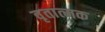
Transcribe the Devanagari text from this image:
वृतात्मक